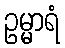
ဥမ္မာရံ